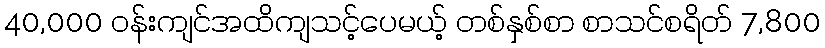
40,000 ဝန်းကျင်အထိကျသင့်ပေမယ့် တစ်နှစ်စာ စာသင်စရိတ် 7,800